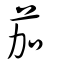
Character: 茄